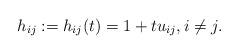
LaTeX: \begin{gather*} h_{ij}:= h_{ij}(t)= 1+t u_{ij}, i \not= j. \end{gather*}